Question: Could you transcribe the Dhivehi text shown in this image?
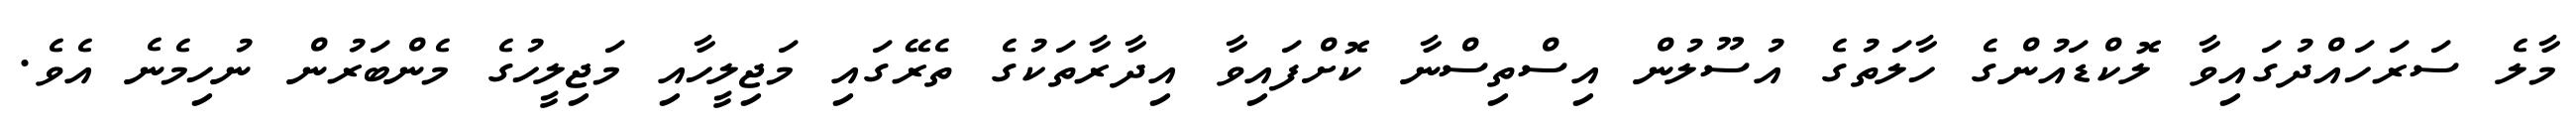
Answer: މާލެ ސަރަހައްދުގައިވާ ލޮކްޑައުންގެ ހާލަތުގެ އުސޫލުން އިސްތިސްނާ ކޮށްފައިވާ އިދާރާތަކުގެ ތެރޭގައި މަޖިލީހާއި މަޖިލީހުގެ މެންބަރުން ނުހިމެނެ އެވެ.